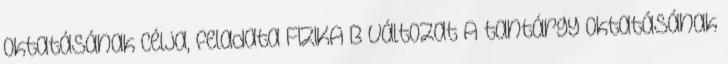
oktatásának célja, feladata FIZIKA B változat A tantárgy oktatásának